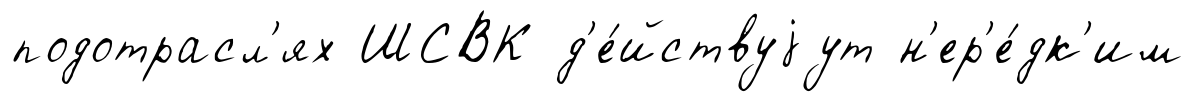
подотрасл'ях ШСВК д'е́йствуjут н'ер'е́дк'им